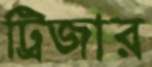
ট্রিজার